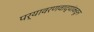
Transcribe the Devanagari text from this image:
पर्यावरणवाद्यांकडून